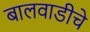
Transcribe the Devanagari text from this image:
बालवाडीचे